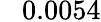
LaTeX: \phantom{-}0.0054